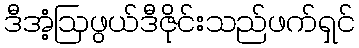
ဒီအံ့ဩဖွယ်ဒီဇိုင်းသည်ဖက်ရှင်